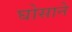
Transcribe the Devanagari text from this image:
घोसाने